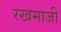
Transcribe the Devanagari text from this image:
रखमाजी